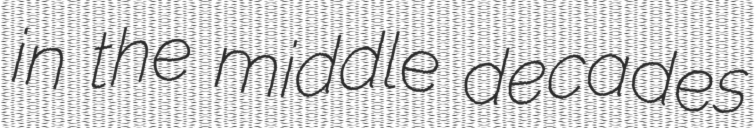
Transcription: in the middle decades